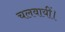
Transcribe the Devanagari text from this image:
चलवायीं।